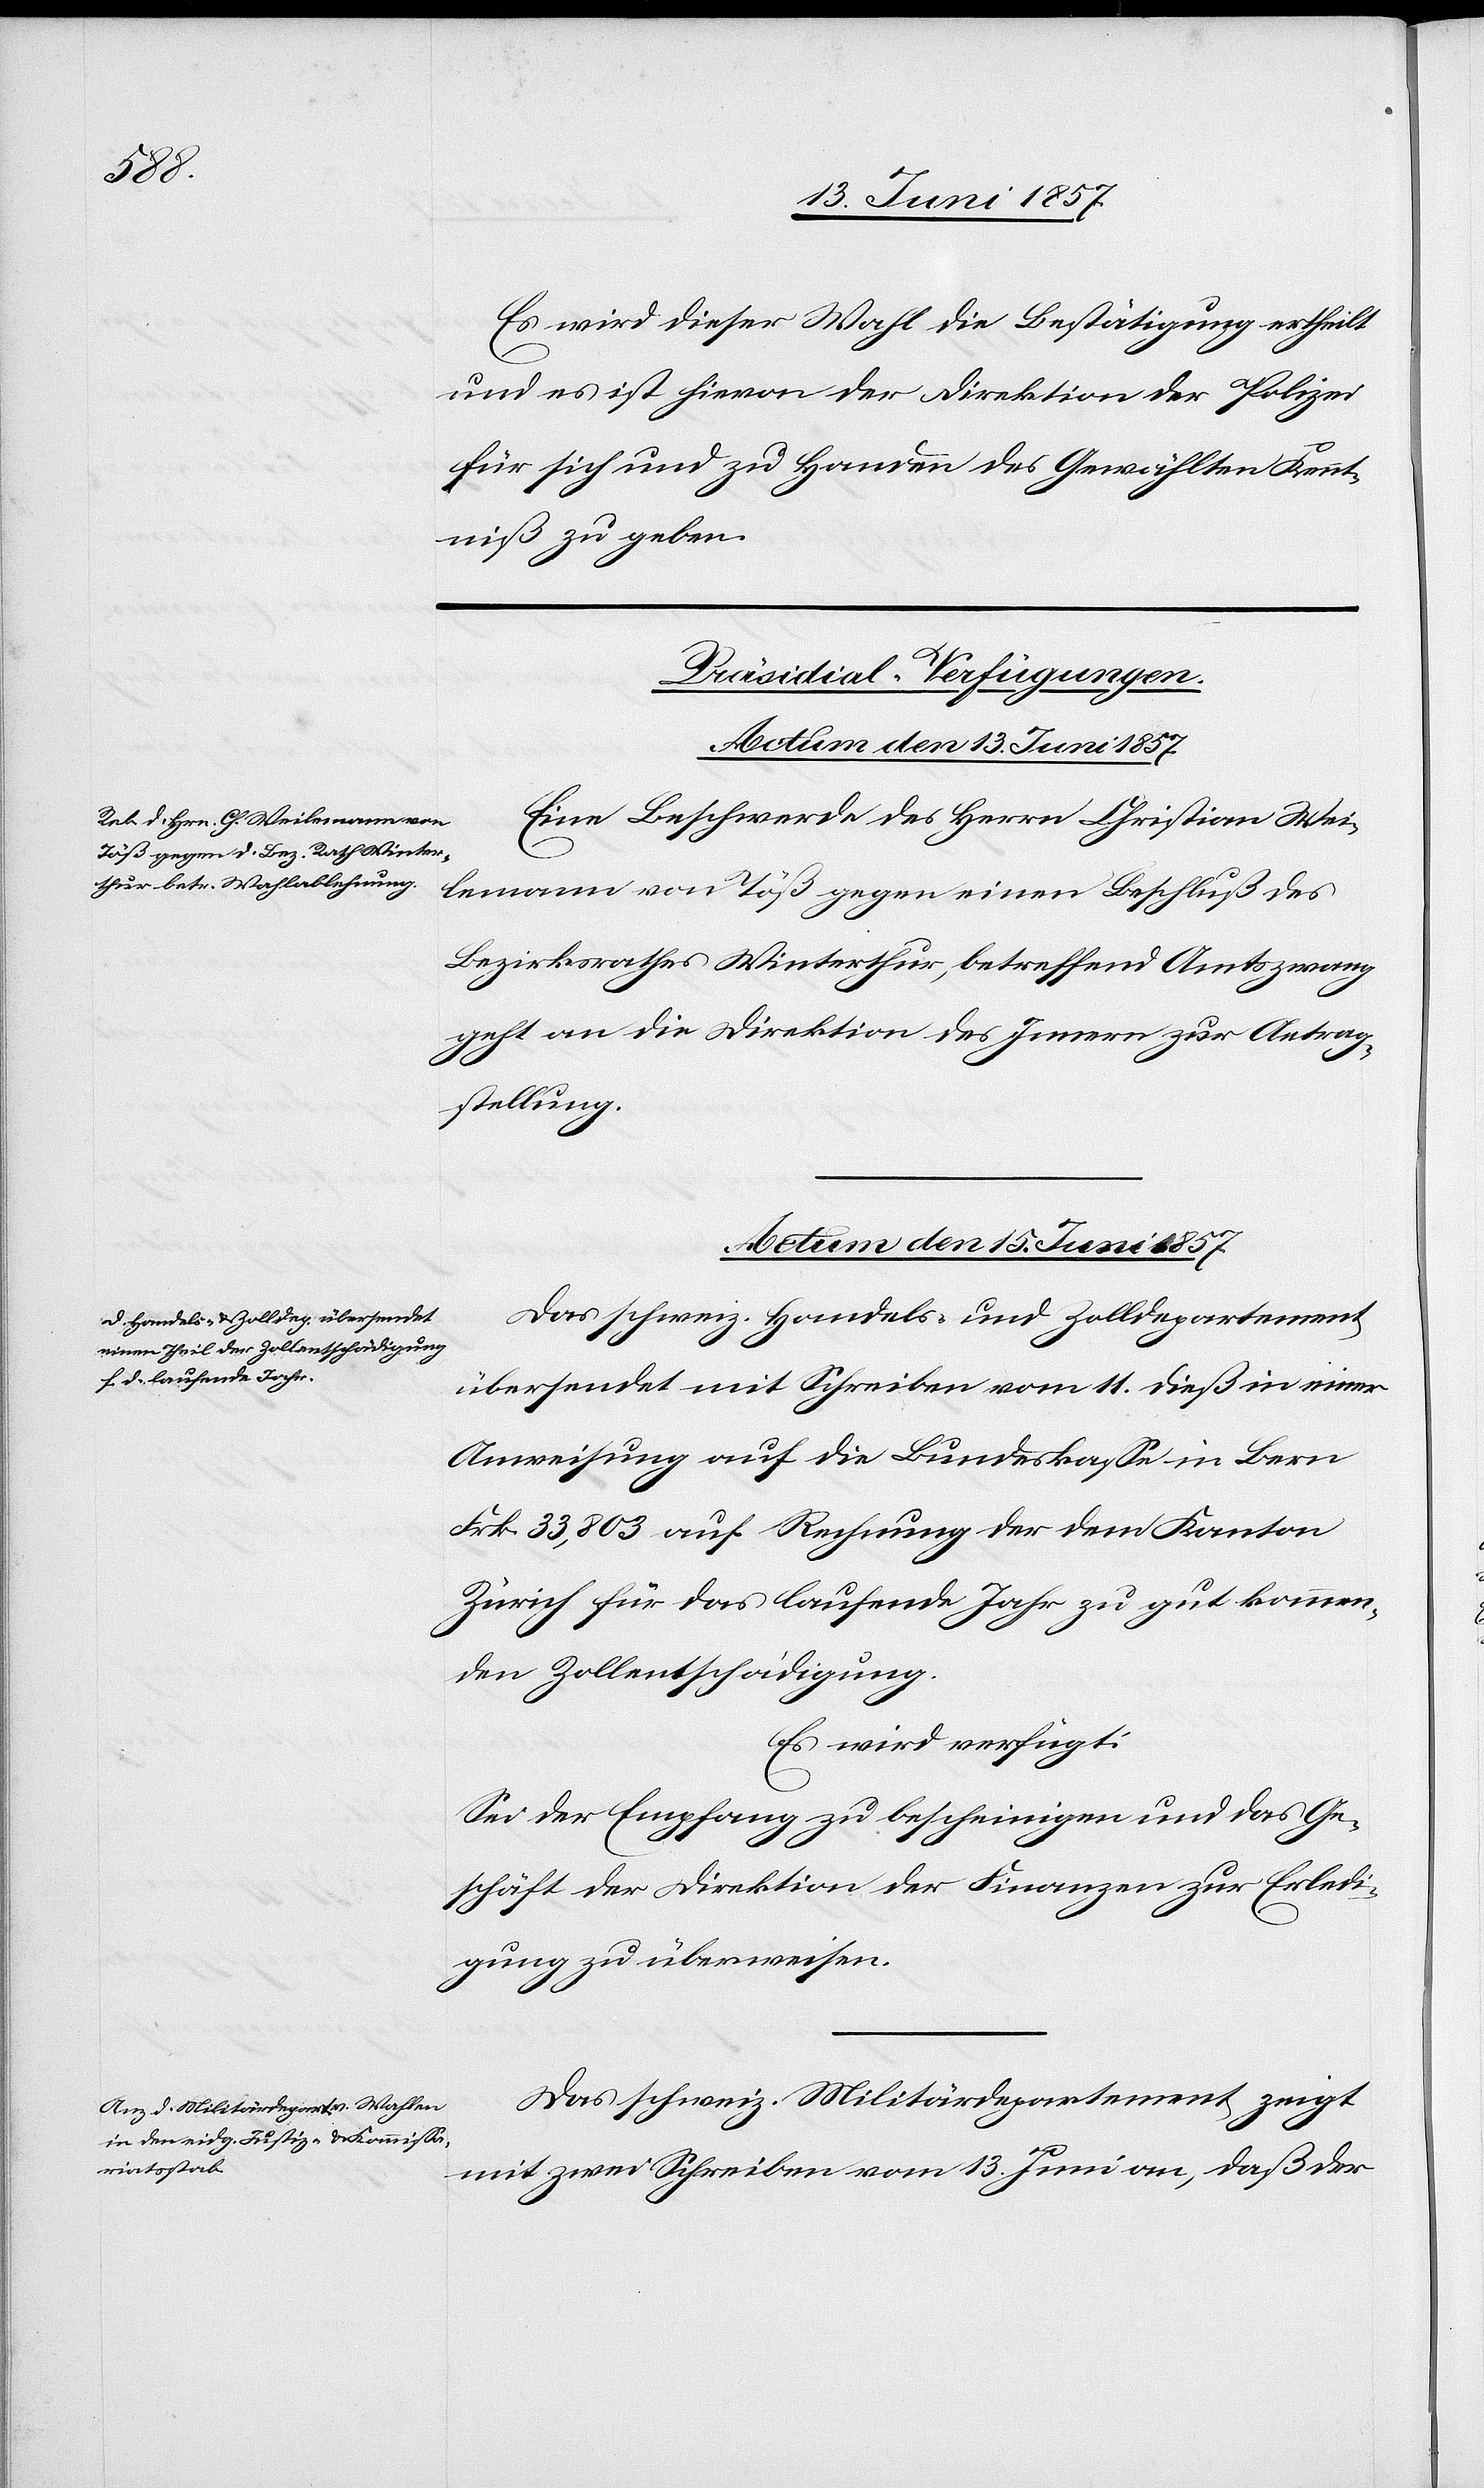
Es wird dieser Wahl die Bestätigung ertheilt
und es ist hievon der Direktion der Polizei
für sich und zu Handen des Gewählten Kennt¬
niß zu geben.
[Präsidial-Verfügungen.
Actum den 15 Juni 1857.]
Eine Beschwerde des Herrn Christian Wei¬
lenmann von Töß gegen einen Beschluß des
Bezirksrathes Winterthur, betreffend Amtszwang
geht an die Direktion des Innern zur Antrag¬
stellung.
Das schweiz. Handels- und Zolldepartement
übersendet mit Schreiben vom 11 dieß in einer
Anweisung auf die Bundeskasse in Bern
Frk. 33,803 auf Rechnung der dem Kanton
Zürich für das laufende Jahr zu gut kommen¬
den Zollentschädigung.
Es wird verfügt:
Sei der Empfang zu bescheinigen und das Ge¬
schäft der Direktion der Finanzen zur Erledi¬
gung zu überweisen.
Das schweiz. Militärdepartement zeigt
mit zwei Schreiben vom 13 Juni an, daß der